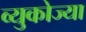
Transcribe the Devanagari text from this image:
व्युकोज्या